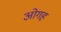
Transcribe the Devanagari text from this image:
ओगह